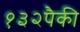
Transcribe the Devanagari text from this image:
१३२पैकी